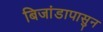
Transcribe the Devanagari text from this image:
बिजांडापासुन